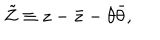
\tilde { Z } \equiv z - \bar { z } - \theta \bar { \theta } ,